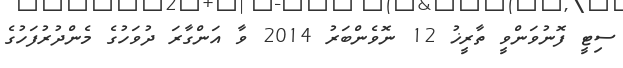
ސިޓީ ފޮނުވަންވީ ތާރީޚު 12 ނޮވެންބަރު 2014 ވާ އަންގާރަ ދުވަހުގެ މެންދުރުފަހުގެ